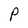
Character: P